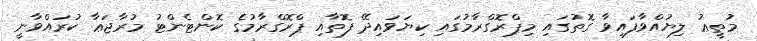
މުތީޢު ލިޔުއްވާފައިވާ ގޮތުގައި މިޕްރޮގްރާމުގައި ކިޔަވައިދޭ ފޮތާއި ޕްރޮގްރާމުގެ ކޮންޓެންޓު މުރާޖަޢާ ކުރައްވާނީ